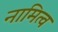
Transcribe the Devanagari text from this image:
नामित्व